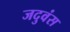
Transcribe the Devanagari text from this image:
जदुवंस